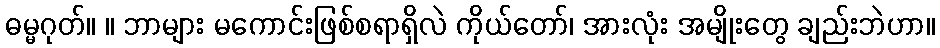
ဓမ္မဂုတ်။ ။ ဘာများ မကောင်းဖြစ်စရာရှိလဲ ကိုယ်တော်၊ အားလုံး အမျိုးတွေ ချည်းဘဲဟာ။